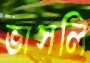
ভাসলি